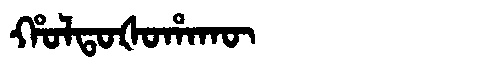
Manchu: ᡥᠣᠯᡨᠣᡧᠣᡥᠠᡴᡡ
Romanization: HOLTOŠOHAKŪ